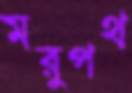
মরুপথ